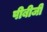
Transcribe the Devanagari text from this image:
पीबीजी